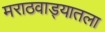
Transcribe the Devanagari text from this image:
मराठवाड्यातला